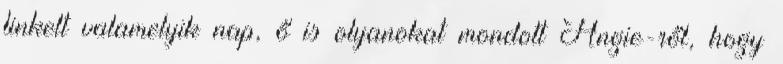
linkelt valamelyik nap, ő is olyanokat mondott Angie-ről, hogy